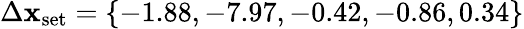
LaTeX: \Delta\mathbf{x}_{\textrm{{set}}}=\{ -1.88,-7.97,-0.42,-0.86,0.34\}